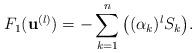
LaTeX: \begin{align*}F_1(\mathbf u^{(l)})=-\sum_{k=1}^{n}\big( (\alpha_k)^{l} S_k\big).\end{align*}